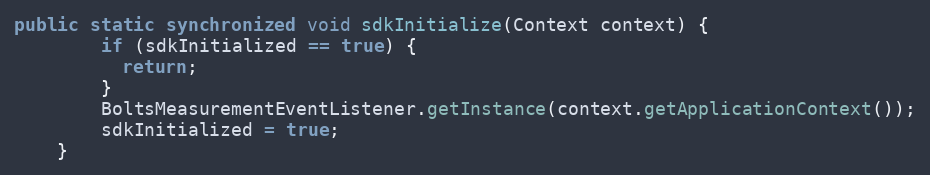
Language: Java
public static synchronized void sdkInitialize(Context context) {
        if (sdkInitialized == true) {
          return;
        }
        BoltsMeasurementEventListener.getInstance(context.getApplicationContext());
        sdkInitialized = true;
    }